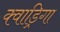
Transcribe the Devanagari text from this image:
क्वाड्रिगा